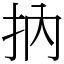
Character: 抐